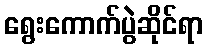
ရွေးကောက်ပွဲဆိုင်ရာ